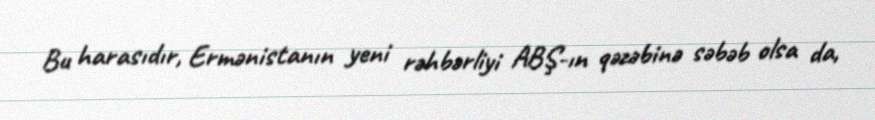
Bu harasıdır, Ermənistanın yeni rəhbərliyi ABŞ-ın qəzəbinə səbəb olsa da,